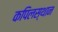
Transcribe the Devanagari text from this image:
कपिलस्थान